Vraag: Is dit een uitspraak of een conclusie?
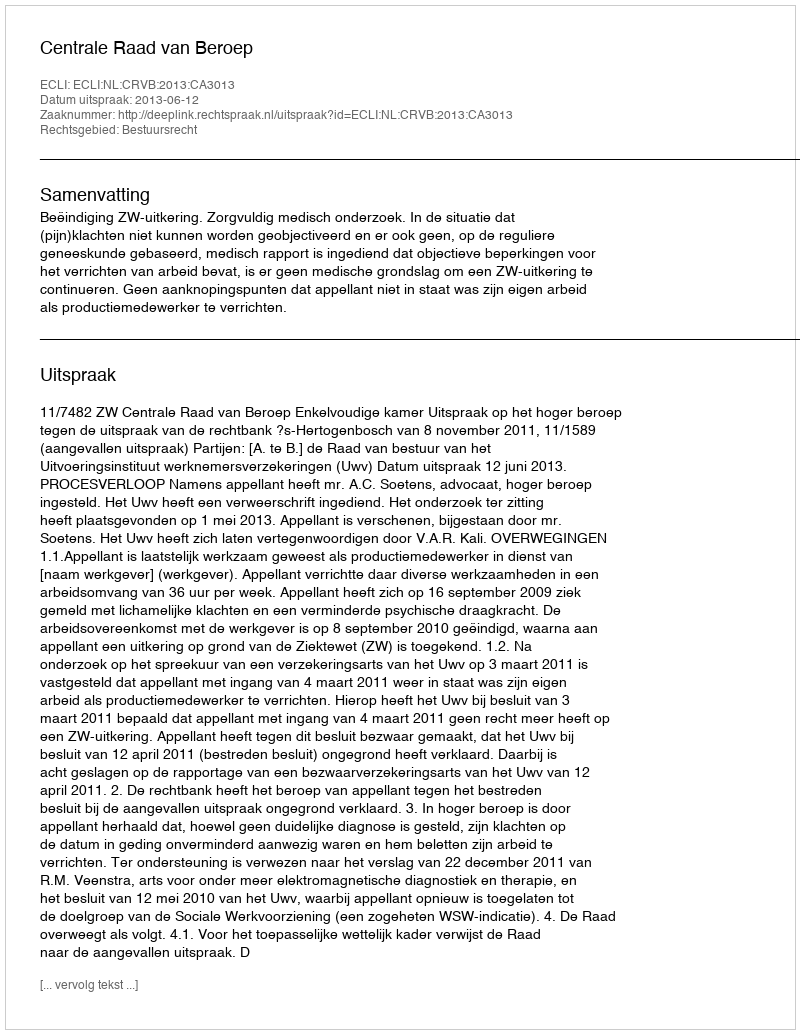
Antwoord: Uitspraak